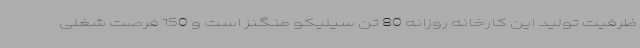
ظرفیت تولید این کارخانه روزانه 80 تن سیلیکو منگنز است و 150 فرصت شغلی